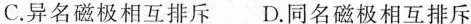
C.异名磁极相互排斥D.同名磁极相互排斥